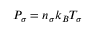
{ \cal P } _ { \sigma } = n _ { \sigma } k _ { B } { \cal T } _ { \sigma }